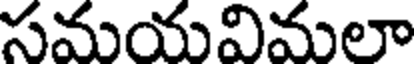
సమయవిమలా